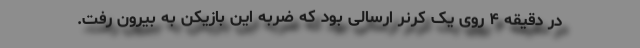
در دقیقه ۴ روی یک کرنر ارسالی بود که ضربه این بازیکن به بیرون رفت.